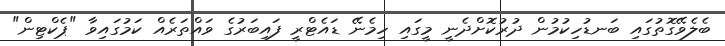
ބެލެވޭގޮތުގައި ބަނޑުހިކުމުން ދުރުކޮށްދެނީ މީގައި ހިމެނޭ ޑައެޓްރީ ފައިބަރުގެ ވައްތަރެއް ކަމުގައިވާ "ޕެކްޓިން"